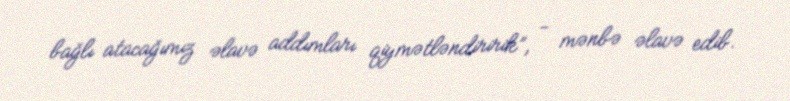
bağlı atacağımız əlavə addımları qiymətləndiririk”, - mənbə əlavə edib.